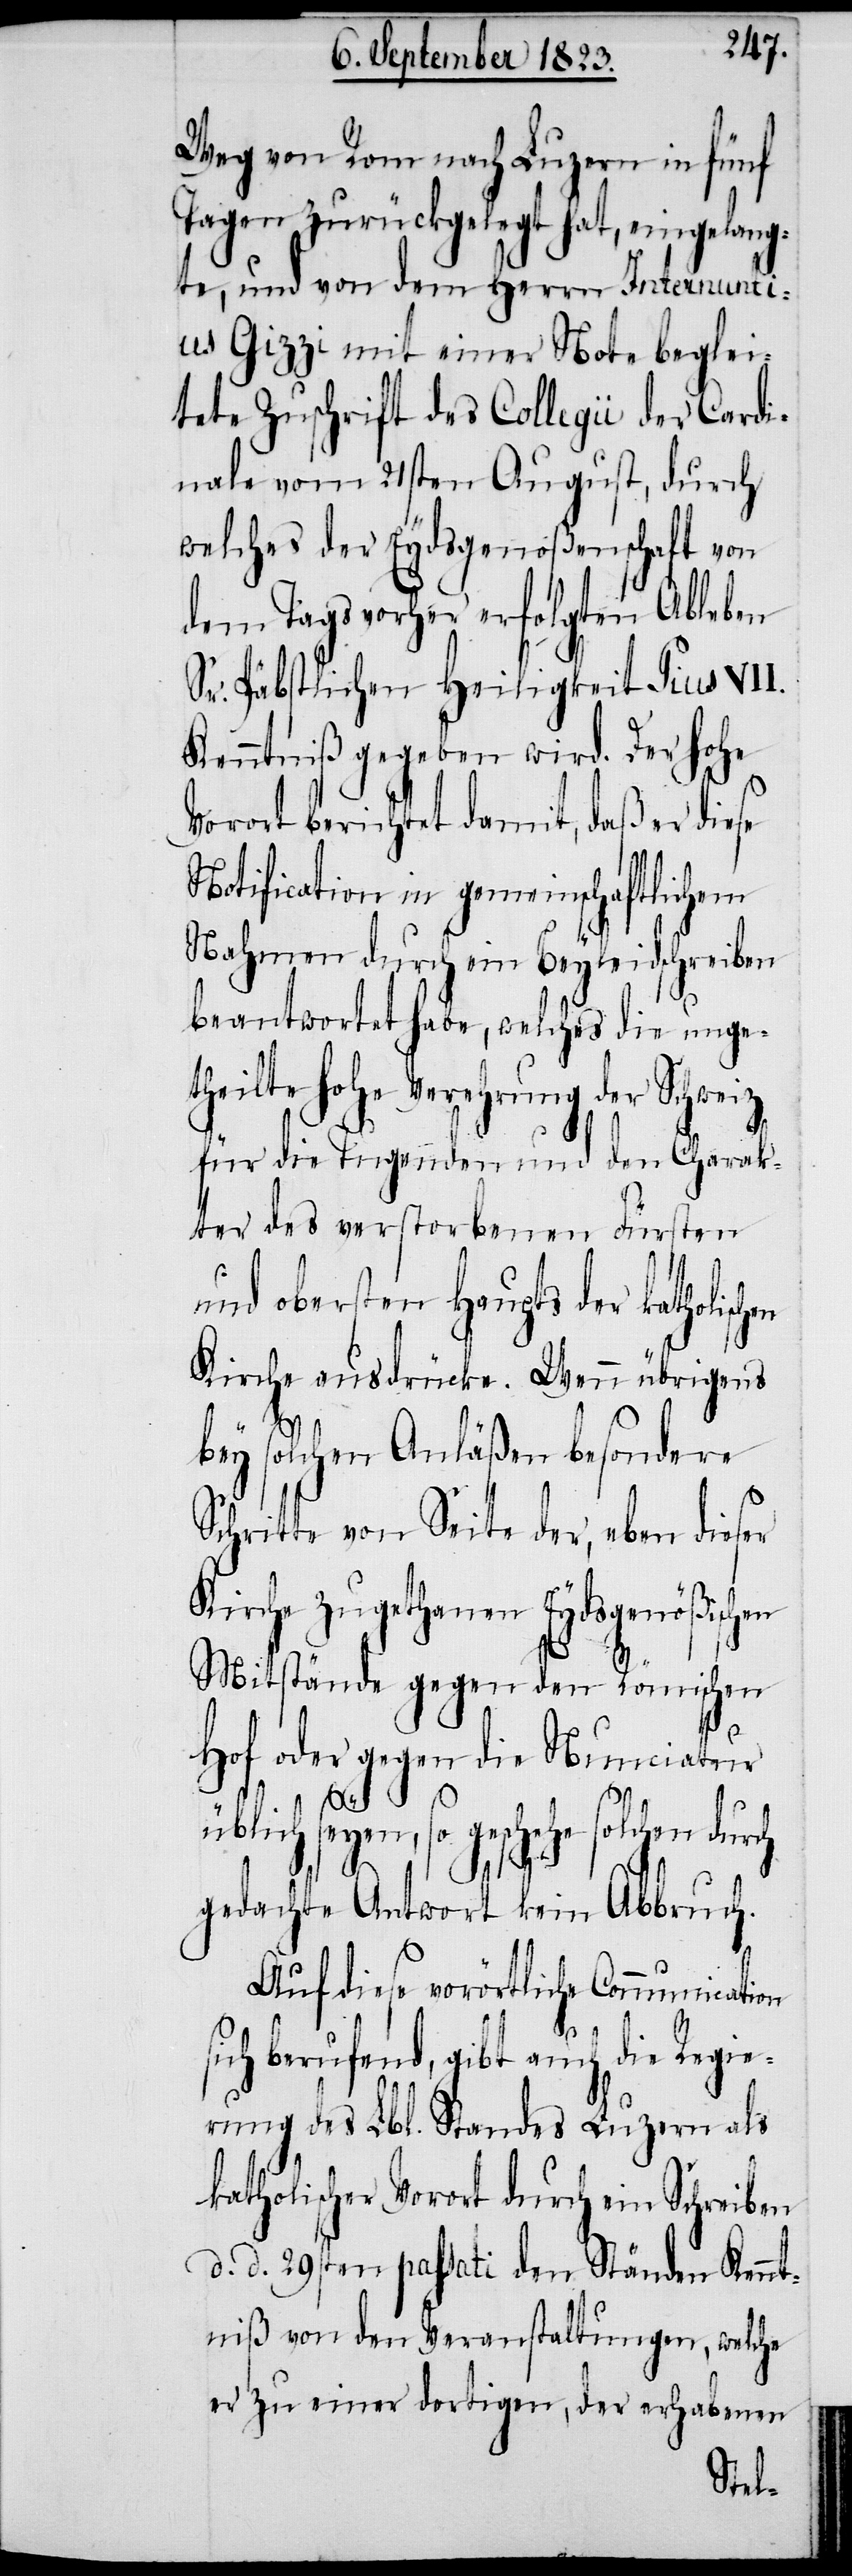
Weg von Rom nach Luzern in fünf
Tagen zurückgelegt hat, eingelang¬
te, und von dem Herrn Internunti¬
us Gizzi mit einer Note beglei¬
tete Zuschrift des Collegii der Cardi¬
nale vom 21sten August, durch
welches der Eydsgenoßenschaft von
dem Tags vorher erfolgten Ableben
Sr. Päbstlichen Heiligkeit Pius VII.
Kenntniß gegeben wird. Der hohe
rort berichtet damit, daß er
Notification in gemeinschaftlichem
Nahmen durch ein Beyleidschreiben
beantwortet habe, welches die unge¬
theilte hohe Verehrung der Schweiz
für die Tugenden und den Charak¬
ter des verstorbenen Fürsten
und obersten Haupts der katholisc¬
Kirche ausdrücke. Wenn übrigens
bey solchen Anläßen besondere
Schritte von Seite der, eben dieser
Kirche zugethanen Eydsgenößischen
Mitstände gegen den Römischen
Hof oder gegen die Nunciatur
Vo¬
üblich seyen, so geschehe solchen durch
gedachte Antwort kein Abbruch.
Auf diese vorörtliche Communication
hen
sich berufend, gibt auch die Regie¬
rung des Lbl. Standes Luzern als
katholischer Vorort durch ein Schreiben
d. d. 29sten passati den Ständen Kennt¬
niß von den Veranstaltungen, welche
er zu einer dortigen, der erhabenen